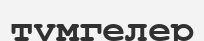
түмгелер